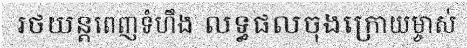
រថយន្តពេញទំហឹង លទ្ធផលចុងក្រោយម្ចាស់